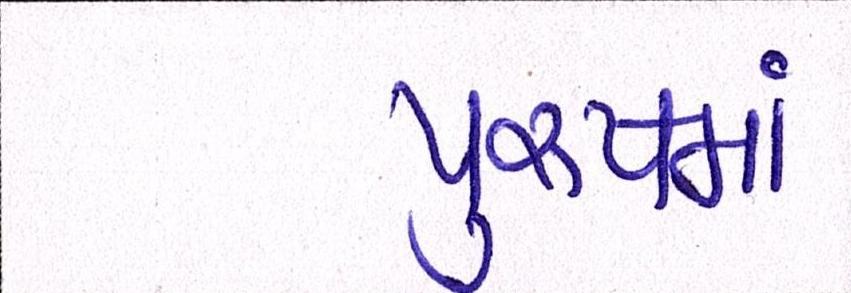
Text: પુરુષમાં